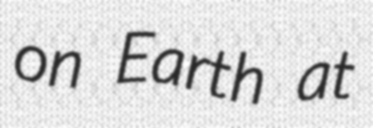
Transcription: on Earth at